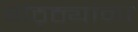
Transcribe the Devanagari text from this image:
गठ्ठ्यांना